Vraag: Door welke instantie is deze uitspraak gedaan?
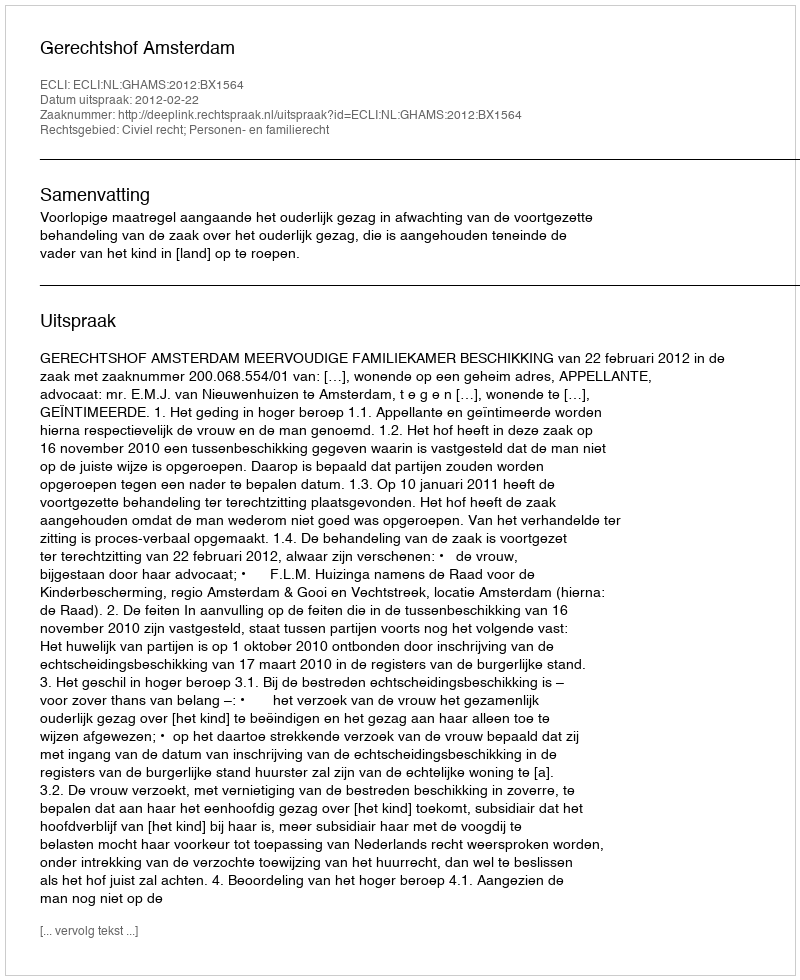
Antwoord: Gerechtshof Amsterdam